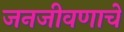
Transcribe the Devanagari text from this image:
जनजीवणाचे